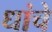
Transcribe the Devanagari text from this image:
धांचे